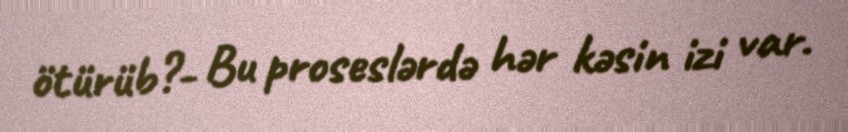
ötürüb?- Bu proseslərdə hər kəsin izi var.